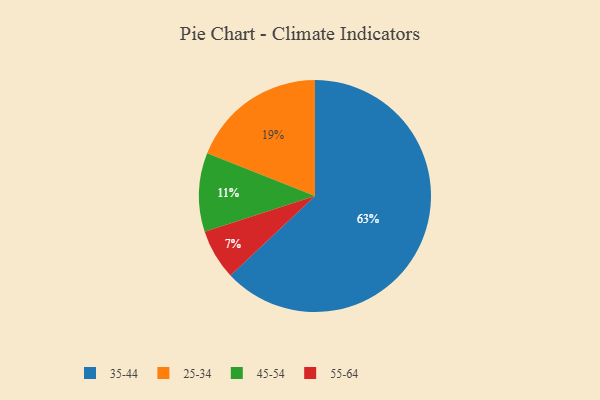
{"axis": {"x": "Category", "y": "Percentage"}, "legend": ["25-34", "35-44", "45-54", "55-64"], "data": [{"x": "25-34", "y": 19, "type": "25-34"}, {"x": "35-44", "y": 63, "type": "35-44"}, {"x": "55-64", "y": 7, "type": "55-64"}, {"x": "45-54", "y": 11, "type": "45-54"}]}